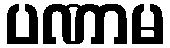
ပဏာမ